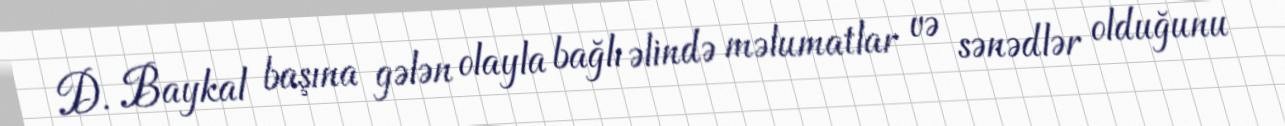
D. Baykal başına gələn olayla bağlı əlində məlumatlar və sənədlər olduğunu